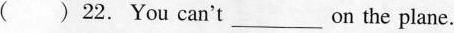
( ) 22. You can't ___ on the plane.